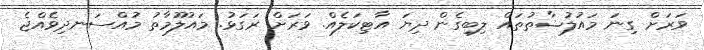
ވަރަށް ގިނަ މައުލުޟާތުތައް ލިބިގެން ދިޔަ އާޓިކަލެއް. ވަރަށް ރަަގަޅު. މައުލޫމާތު މުއްސަނދިވެއްޖެ